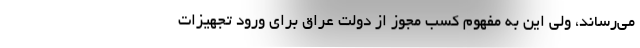
می‌رساند، ولی این به مفهوم کسب مجوز از دولت عراق برای ورود تجهیزات